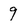
Character: 9